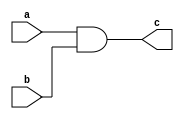
module gand(a,b,c);
input a,b;
output c;
assign c=a&b;
endmodule